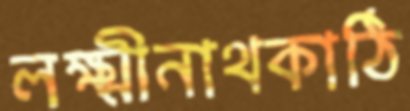
লক্ষ্মীনাথকাঠি